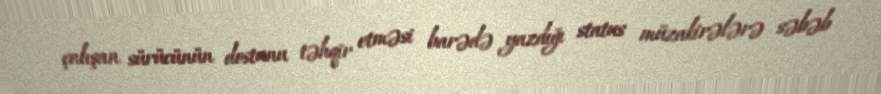
çalışan sürücünün dostunu təhqir etməsi barədə yazdığı status müzakirələrə səbəb